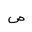
Letter: _sad